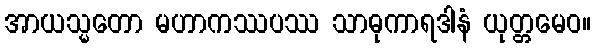
အာယသ္မတော မဟာကဿပဿ သာဓုကာရဒါနံ ယုတ္တမေဝ။